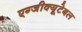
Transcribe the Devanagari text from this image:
एग्जीक्यूटेबल